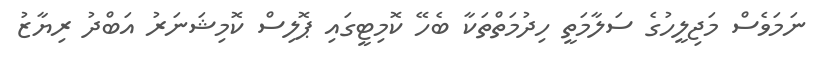
ނަމަވެސް މަޖިލީހުގެ ސަލާމަތީ ހިދުމަތްތަކާ ބެހޭ ކޮމިޓީގައި ޕޮލިސް ކޮމިޝަނަރު އަބްދު ރިޔާޒު